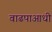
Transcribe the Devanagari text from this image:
वाढपाआधी